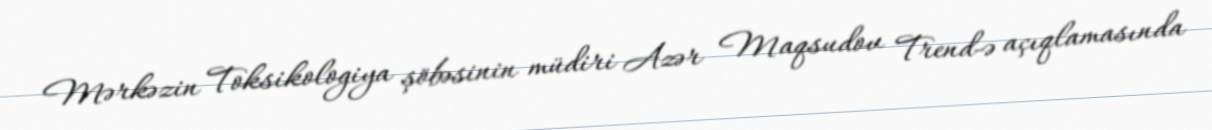
Mərkəzin Toksikologiya şöbəsinin müdiri Azər Maqsudov Trend-ə açıqlamasında